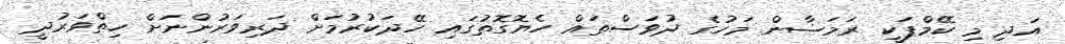
އަދި މި ކޭމްޕަކީ ރަމަޟާން މަހުގެ ދުވަސްތައް ހެޔޮގޮތުގައި ހޭދަކުރުމަށް ދަރިވަރުންނަށް ހިތްވަރުދީ